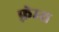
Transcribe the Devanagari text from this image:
फ़्रेम्स